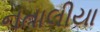
નતાલીયા